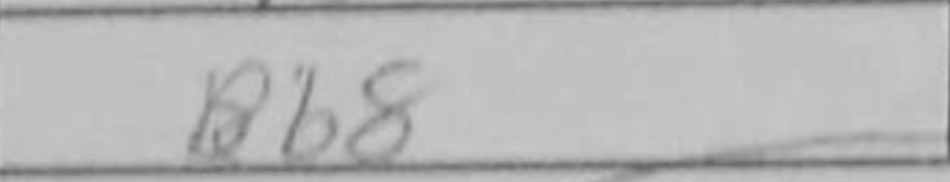
Transcription: Bb8